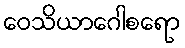
ဝေသိယာဂေါစရော